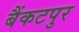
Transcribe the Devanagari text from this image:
बैंकटपुर